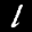
Label: 1